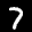
Label: 7